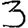
Digit: 3